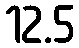
12.5